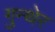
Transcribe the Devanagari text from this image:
गुन्थेर